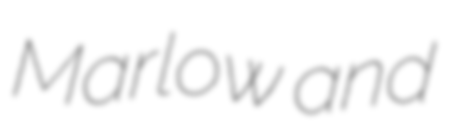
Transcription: Marlow and